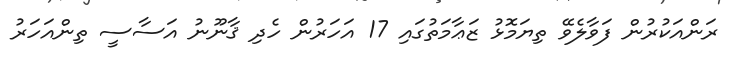
ރަންއަކުރުން ފަވާލެވޭ ތިޔަމޮޅު ޒަޢާމަތުގައި 17 އަހަރުން ހެދި ޤާނޫނު އަސާސީ ތިންއަހަރު